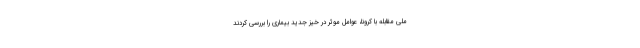
ملی مقابله با کرونا، عوامل موثر در خیز جدید بیماری را بررسی کردند